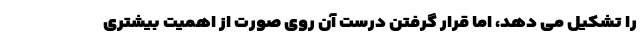
را تشکیل می دهد، اما قرار گرفتن درست آن روی صورت از اهمیت بیشتری